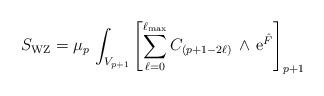
LaTeX: \begin{align*}S_{\rm WZ} = \mu_p\,\int_{V_{p+1}}\left[\sum_{\ell=0}^{\ell_{\rm max}}C_{(p+1-2\ell)}\,\wedge\,{\rm e}^{\hat F}\right]_{p+1}\end{align*}